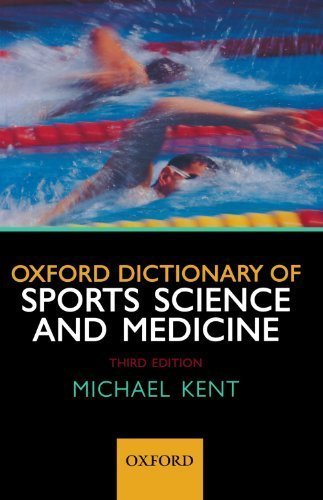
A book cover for Oxford Dictionary of Sports Science and Medicine by Kent, Michael [Oxford University Press, USA,2007] [Paperback] 3RD EDITION; Sports & Outdoors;